Lunatic asylums in Bengal annual reports 1899-1911 - 1899-1911
Year: 1899
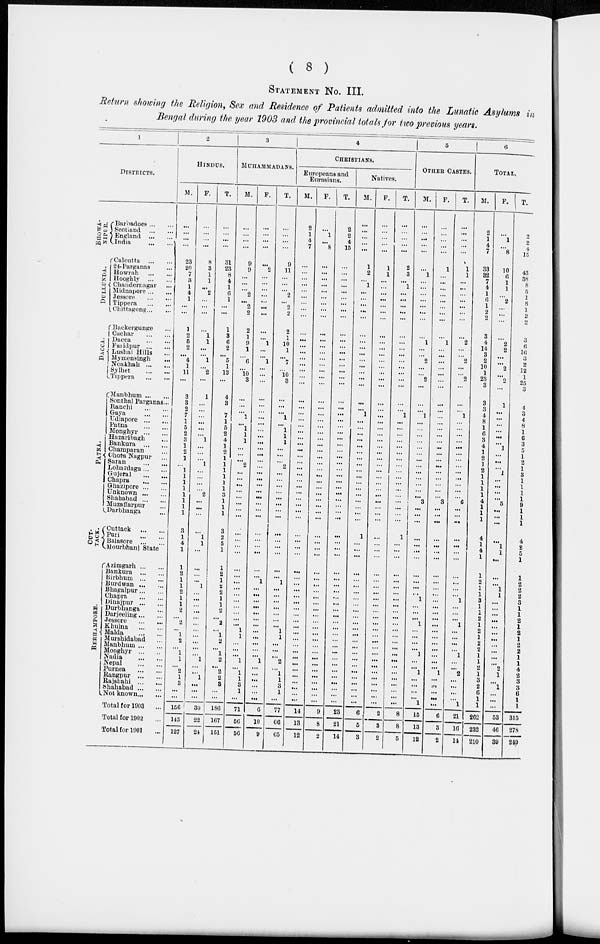
( 8 )
STATEMENT No. III.
Return showing the Religion, Sex and Residence of Patients admitted into the Lunatic Asylums in
Bengal during the year 1903 and the provincial totals for two previous years.
1
DISTRICTS.
BHOWA-
NIPUR.
DULLUNDA.
DACCA.
PATNA.
CUT-
TACK.
BERHAMPORE.
Barbadoes
...
...
Scotland
...
...
England
...
...
India
...
...
Calcutta
...
...
24-Parganas ...
Howrah
...
...
Hooghly
...
...
Chandernagar ...
Midnapore
...
...
Jessore
...
...
Tippera
...
...
Chittagong ... ...
Backergunge ...
Cachar
...
...
Dacca
...
...
Faridpur
...
...
Lushai Hills ...
Mymensingh ...
Noakhah
...
...
Sylhet
...
...
Tippera
...
...
Manbhum
...
...
Sonthal Parganas...
Ranchi
...
...
Gaya
...
...
Udiapore
...
...
Patna
...
...
Monghyr
...
...
Hazaribagh ... ...
Bankura
...
...
Charaparan ...
Chota Nagpur ...
Saran
...
...
Lohardaga ... ....
Gujeral
...
...
Chapra
...
...
Ghazipore
...
...
Unknown
...
...
Shahabad
...
...
Muzaffarpur ...
Darbhanga ...
Cuttack
...
...
Puri
...
...
Balasore
...
...
Mourbhanj State
Azimgarh
...
...
Bankura
...
...
Birbhum
...
...
Burdwan
...
...
Bhagalpur
...
...
Chapra
...
...
Dinajpur
...
...
Durbhanga ...
Darjeeling
...
...
Jessore ...
...
Khulna
...
...
Malda ... ...
Murshidabad ...
Manbhum ... ...
Monghyr
...
...
Nadia
...
...
Nepal
...
...
Purnea
...
...
Rangpur
...
...
Rajsbahi
...
...
Shahabad ... ...
Not known ... ...
Total for 1903 ...
Total for 1902 ...
Total for 1901 ...
2
HINDUS.
M.
...
...
...
...
23
20
7
3
1
4
1
...
...
1
2
5
2
...
4
1
11
...
3
3
2
7
1
5
2
3
1
2
1
...
1
1
1
1
1
1
1
1
3
1
4
1
1
2
1
1
2
1
1
2
...
2
...
1
2
...
1
1
...
2
1
3
...
...
156
145
127
F.
...
...
...
...
8
3
1
1
...
2
...
...
...
...
1
1
...
...
1
...
2
...
1
...
...
...
...
...
...
1
...
...
...
1
...
...
...
...
2
...
...
...
...
1
1
...
...
...
...
1
...
...
...
...
...
...
...
...
...
...
...
1
...
...
1
...
...
...
30
22
24
T.
...
...
...
...
31
23
8
4
1
6
1
...
...
1
3
6
2
...
5
1
13
...
4
3
...
7
1
5
2
4
1
2
1
1
1
1
1
1
3
1
1
1
3
2
5
1
1
2
1
2
2
1
1
2
...
2
...
1
2
...
1
2
...
2
2
3
...
...
186
167
151
3
MUHAMMADANS.
M.
...
...
...
...
9
9
...
...
...
2
...
2
2
2
1
9
1
...
6
...
10
3
...
...
...
1
...
1
1
1
...
...
...
2
...
...
...
...
...
...
...
...
...
...
...
...
...
...
...
...
...
...
...
...
...
...
1
1
...
...
...
1
...
1
1
3
1
...
71
56
56
F.
...
...
...
...
...
2
...
...
...
...
...
...
...
...
...
1
...
...
1
...
...
...
...
...
...
...
...
...
...
...
...
...
...
...
...
...
...
...
...
...
...
...
...
...
...
...
...
...
1
...
...
...
...
...
...
...
...
...
...
...
...
1
...
...
...
...
...
...
6
10
9
T.
...
...
...
...
9
11
...
...
...
2
...
2
2
2
1
10
1
...
7
...
10 3
...
...
...
1
...
1
1
1
...
...
...
2
...
...
...
...
...
...
...
...
...
...
...
...
...
...
1
...
...
...
...
...
...
...
1
1
...
...
...
2
...
1
1
3
1
...
77
66
65
4
CHRISTIANS.
Europeans and
Eurasians.
M.
2
1
4
7
...
...
...
...
...
...
...
...
...
...
...
...
...
...
...
...
...
...
...
...
...
...
...
...
...
...
...
...
...
...
...
...
...
...
...
...
...
...
...
...
...
...
...
...
...
...
...
...
...
...
...
...
...
...
...
...
...
...
...
...
...
...
...
14
13
12
F.
...
1
...
8
...
...
...
...
...
...
...
...
...
...
...
...
...
...
...
...
...
...
...
...
...
...
...
...
...
...
...
...
...
...
...
...
...
...
...
...
...
...
...
...
...
...
...
...
...
...
...
...
...
...
...
...
...
...
...
...
...
...
...
...
...
...
...
...
9
8
2
T.
2
2
4
15
...
...
...
...
...
...
...
...
...
...
...
...
...
...
...
...
...
...
...
...
...
...
...
...
...
...
...
...
...
...
...
...
...
...
...
...
...
...
...
...
...
...
...
...
...
...
...
...
...
...
...
...
...
...
...
...
...
...
...
...
...
...
...
...
23
21
14
Natives.
M.
...
...
...
...
1
2
...
1
...
...
...
...
...
...
...
...
...
...
...
...
...
...
...
...
1
...
...
...
...
...
...
...
...
...
...
...
...
...
...
...
...
...
1
...
...
...
...
...
...
...
...
...
...
...
...
...
...
...
...
...
...
...
...
...
...
...
...
...
6
5
3
F.
...
...
...
...
1
1
...
...
...
...
...
...
...
...
...
...
...
...
...
...
...
...
...
...
...
...
...
...
...
...
...
...
...
...
...
...
...
...
...
...
...
...
...
...
...
...
...
...
...
...
...
...
...
...
...
...
...
...
...
...
...
...
...
...
...
...
...
...
2
3
2
T.
...
...
...
...
2
3
...
1
...
...
...
...
...
...
...
...
...
...
...
...
...
...
...
...
1
...
...
...
...
...
...
...
...
...
...
...
...
...
...
...
...
1
...
...
...
...
...
...
...
...
...
...
...
...
...
...
...
...
...
...
...
...
...
...
...
...
...
8
8
5
5
OTHER CASTES.
M.
...
...
...
...
...
1
...
...
...
...
...
...
...
1
...
...
2
...
...
2
...
...
...
1
...
...
...
...
...
...
...
...
...
...
...
...
...
3
...
...
...
...
...
...
...
...
...
...
...
1
...
...
...
1
...
...
...
...
1
...
...
1
...
...
...
...
1
15
13
12
F.
...
...
...
...
1
...
...
...
...
...
...
...
...
1
...
...
...
...
...
...
...
...
...
...
...
...
...
...
...
...
...
...
...
...
...
...
...
3
...
...
...
...
...
...
...
...
...
...
...
...
...
...
...
...
...
...
...
...
...
...
...
1
...
...
...
...
...
6
3
2
T.
...
...
...
...
1
1
...
...
...
...
...
...
...
2
...
...
2
...
...
2
...
...
...
1
...
...
...
...
...
...
...
...
...
...
...
...
...
6
...
...
...
...
...
...
...
...
...
...
...
1
...
...
...
1
...
...
...
...
1
...
...
2
...
...
...
...
1
21
16
14
6
TOTAL.
M.
2
1
4
7
33
32
7
4
1
6
1
2
2
3
4
14
3
2
10
1
23
3
3
3
4
8
1
6
3
4
1
2
1
2
1
1
1
1
4
1
1
1
4
1
4
1
1
2
1
1
3
1
1
2
1
2
1
2
2
1
1
2
1
3
2
6
1
1
262
232
210
F.
...
1
...
8
10
6
1
1
...
2
...
...
...
...
2
2
...
...
2
...
2
...
1
...
...
...
...
...
...
1
...
...
...
1
...
...
...
...
5
...
...
...
...
1
1
...
...
...
1
1
...
...
...
...
...
...
...
...
...
...
...
2
1
...
1
...
...
...
53
46
39
T.
2
2
4
15
43
38
8
5
1
8
1
2
2
3
6
16
3
2
12
1
25
3
4
3
4
8
1
6
3
5
1
2
1
3
1
1
1
1
9
1
1
1
4
2
5
1
1
2
2
2
3
1
1
2
1
2
1
2
2
1
1
4
2
3
3
6
1
1
315
278
249